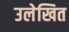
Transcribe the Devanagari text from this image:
उलेखित